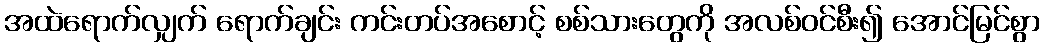
အထဲရောက်လျှက် ရောက်ချင်း ကင်းတပ်အစောင့် စစ်သားတွေကို အလစ်ဝင်စီး၍ အောင်မြင်စွာ